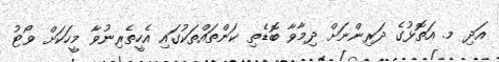
އަދި މ. އަތޮޅުގެ ދަރިންނަށް ދިމާވާ ބޮޑެތި ކަންތައްތަކުގައި އެހީތެރިނުވާ މީހަކަށް ވޯޓު